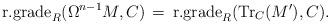
LaTeX: \begin{align*}\textrm{r.grade}_R(\Omega^{n-1} M, C) \, = \, \textrm{r.grade}_R(\textrm{Tr}_C (M'), C).\end{align*}